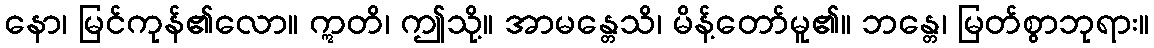
နော၊ မြင်ကုန်၏လော။ ဣတိ၊ ဤသို့။ အာမန္တေသိ၊ မိန့်တော်မူ၏။ ဘန္တေ၊ မြတ်စွာဘုရား။